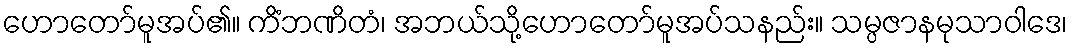
ဟောတော်မူအပ်၏။ ကိံဘဏိတံ၊ အဘယ်သို့ဟောတော်မူအပ်သနည်း။ သမ္ပဇာနမုသာဝါဒေ၊